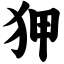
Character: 狎